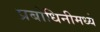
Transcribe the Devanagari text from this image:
प्रबोधिनीमध्ये